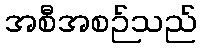
အစီအစဉ်သည်